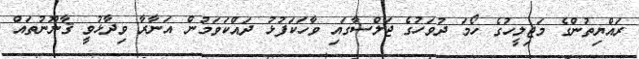
ރައްޔިތުންގެ މަޖިލީހުގެ ހޯމަ ދުވަހުގެ ޖަލްސާގައި ވާހަކަފުޅު ދައްކަވަމުން އަނާރާ ވިދާޅުވީ ޤާނޫނުތައް